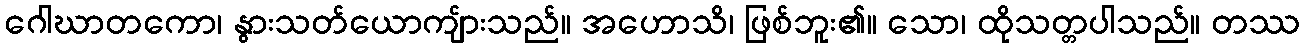
ဂေါဃာတကော၊ နွားသတ်ယောကျ်ားသည်။ အဟောသိ၊ ဖြစ်ဘူး၏။ သော၊ ထိုသတ္တပါသည်။ တဿ